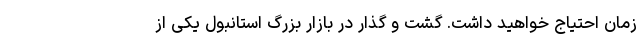
زمان احتیاج خواهید داشت. گشت و گذار در بازار بزرگ استانبول یکی از